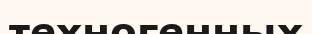
техногенных